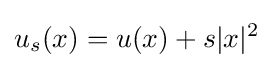
u_{s}(x)=u(x)+s|x|^{2}